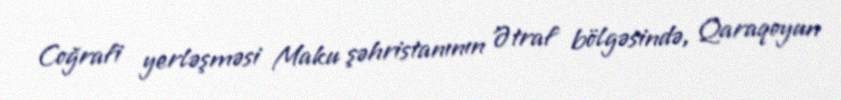
Coğrafi yerləşməsi Maku şəhristanının Ətraf bölgəsində, Qaraqoyun